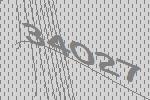
34027